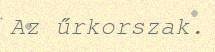
Az űrkorszak.